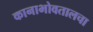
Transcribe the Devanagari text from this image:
कानाभोवतालचा